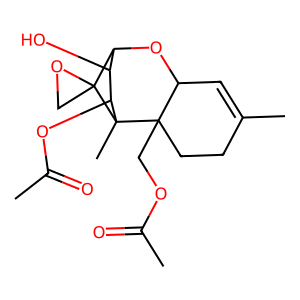
SMILES: CC(=O)OCC12CCC(C)=CC1OC1C(O)C(OC(C)=O)C2(C)C12CO2
Inhibits HIV replication: No